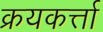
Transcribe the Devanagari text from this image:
क्रयकर्त्ता